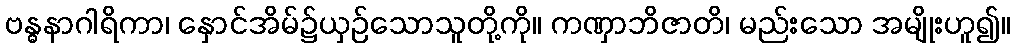
ဗန္ဓနာဂါရိကာ၊ နှောင်အိမ်၌ယှဉ်သောသူတို့ကို။ ကဏှာဘိဇာတိ၊ မည်းသော အမျိုးဟူ၍။